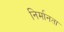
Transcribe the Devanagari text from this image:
निर्मानता